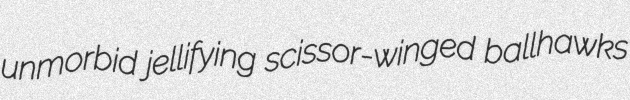
unmorbid jellifying scissor-winged ballhawks